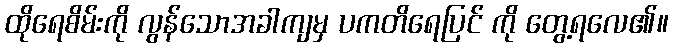
ထိုရေစိမ်းကို လွန်သောအခါကျမှ ပကတိရေပြင် ကို တွေ့ရလေ၏။